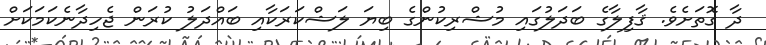
ދާ ގޮތަށެވެ. ޤާފިލާގެ ބަދަލުގައި މުޝްރިކުންގެ ބިޔަ ލަޝްކަރަކާއި ބައްދަލު ކުރަން ޖެހިދާނެކަމަކަށް